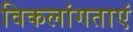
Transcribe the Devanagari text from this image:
विकलांगताएं